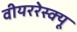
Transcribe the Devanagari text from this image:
वीयररेस्क्यू